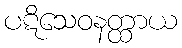
ပဋိသေဝနတ္ထာယ